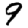
Digit: 9